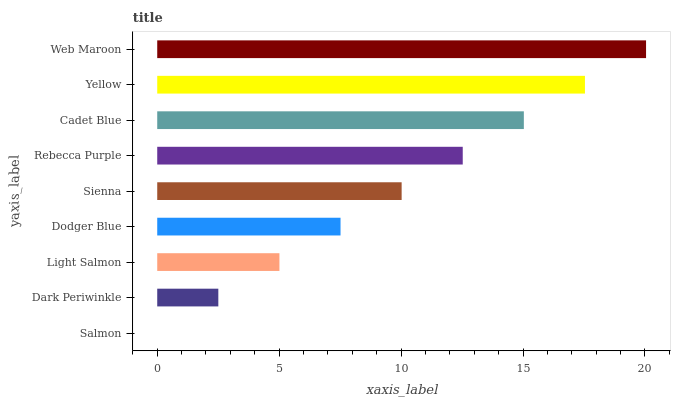
| yaxis_label | bars |
 | --- | --- |
 | Salmon | 0 |
 | Dark Periwinkle | 2.51 |
 | Light Salmon | 5.01 |
 | Dodger Blue | 7.52 |
 | Sienna | 10 |
 | Rebecca Purple | 12.5 |
 | Cadet Blue | 15 |
 | Yellow | 17.5 |
 | Web Maroon | 20 |